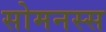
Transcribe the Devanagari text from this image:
सोमनस्स